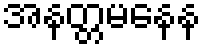
အနတ္တမနေန